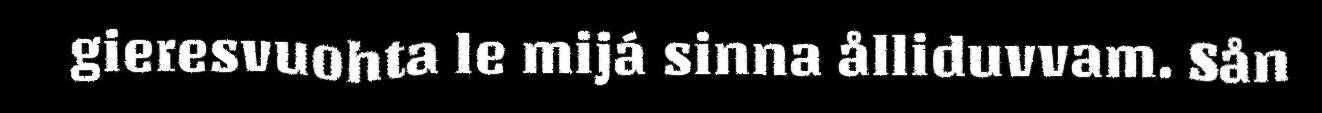
gieresvuohta le mijá sinna ålliduvvam. Sån